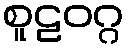
စူဠဝဂ္ဂ